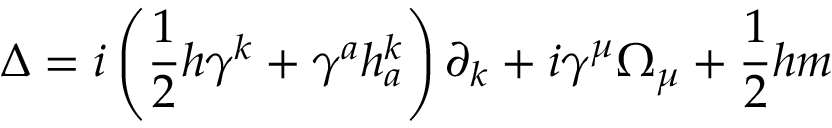
\Delta = i \left( \frac 1 2 h \gamma ^ { k } + \gamma ^ { a } h _ { a } ^ { k } \right) \partial _ { k } + i \gamma ^ { \mu } \Omega _ { \mu } + \frac 1 2 h m